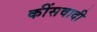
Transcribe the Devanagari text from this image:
कींसवादी